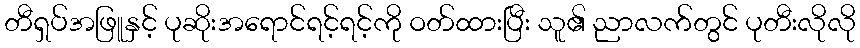
တီရှပ်အဖြူနှင့် ပုဆိုးအရောင်ရင့်ရင့်ကို ဝတ်ထားပြီး သူ၏ ညာလက်တွင် ပုတီးလိုလို